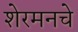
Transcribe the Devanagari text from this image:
शेरमनचे